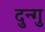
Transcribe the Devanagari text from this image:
दुन्गु